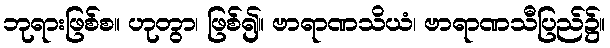
ဘုရားဖြစ်စ။ ဟုတွာ၊ ဖြစ်၍။ ဗာရာဏသိယံ၊ ဗာရာဏသီပြည်၌။